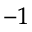
^ { - 1 }